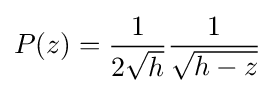
P(z)={\frac {1}{2{\sqrt {h}}}}{\frac {1}{\sqrt {h-z}}}